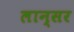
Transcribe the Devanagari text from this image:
लान्सर